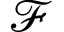
\mathcal { F }